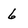
Character: 6